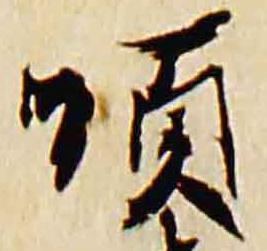
順